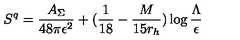
S ^ { q } = { \frac { A _ { \Sigma } } { 4 8 \pi \epsilon ^ { 2 } } } + ( { \frac { 1 } { 1 8 } } - { \frac { M } { 1 5 r _ { h } } } ) \log { \frac { \Lambda } { \epsilon } }